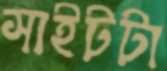
সাইটটা